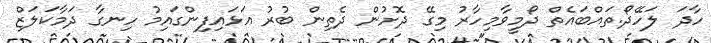
ހާދަ ލަހޭދޯ.ތައްބައެތް ދޯމީވާމިހާރު މިގޭ ދޮށުން ދެތިން ބުރު އަޅައިފިންގައިމު ހިނގާ ދަމާކަލަޒް